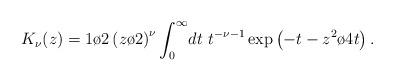
LaTeX: \begin{align*}K_{\nu}(z)={1\o 2}\left({z\o 2}\right)^{\nu}\int_0^{\infty}\!dt~ t^{-\nu-1}\exp\left(-t-{z^2\o 4t}\right).\end{align*}